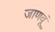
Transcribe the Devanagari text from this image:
जाणवूं